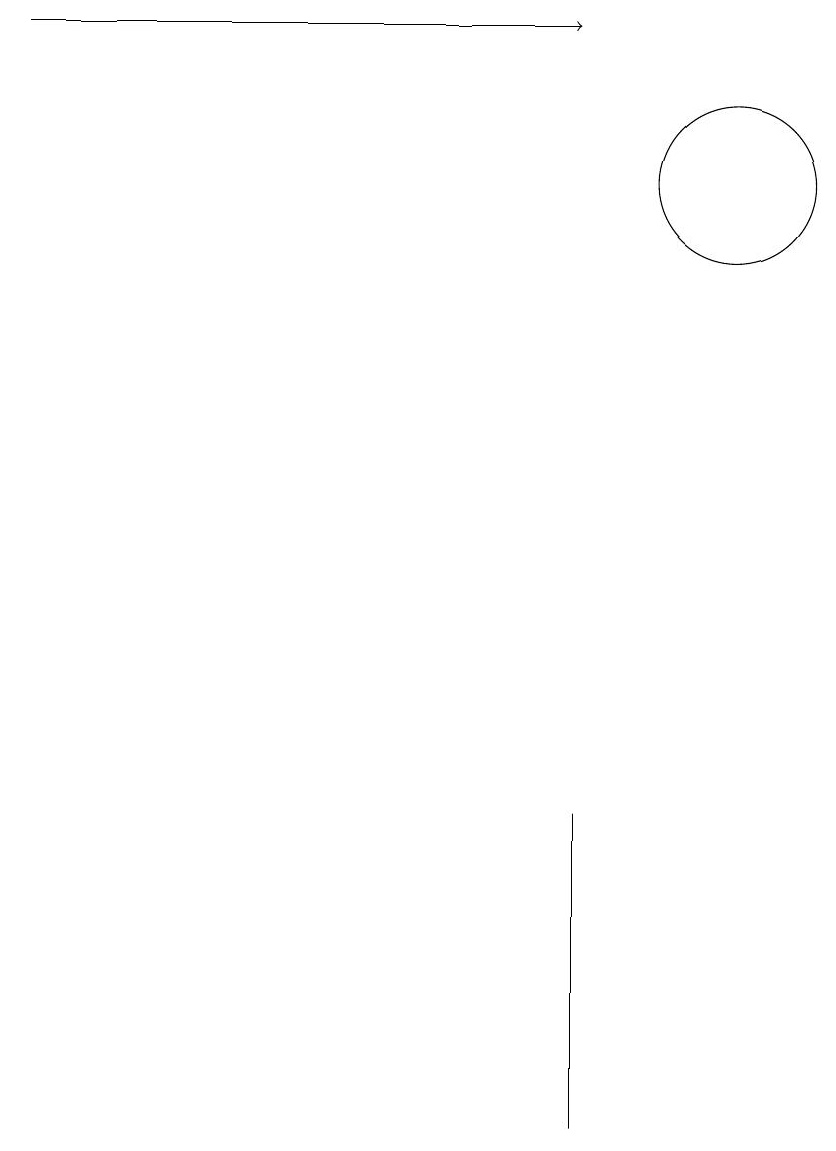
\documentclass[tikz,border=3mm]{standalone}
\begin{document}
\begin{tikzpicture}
\draw (11,12) circle (1);
\draw[->] (2,14) -- (9,14);
\draw (9,4) -- (9,0) -- (9,2) -- cycle;
\draw (11,11) circle (0);
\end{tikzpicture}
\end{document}